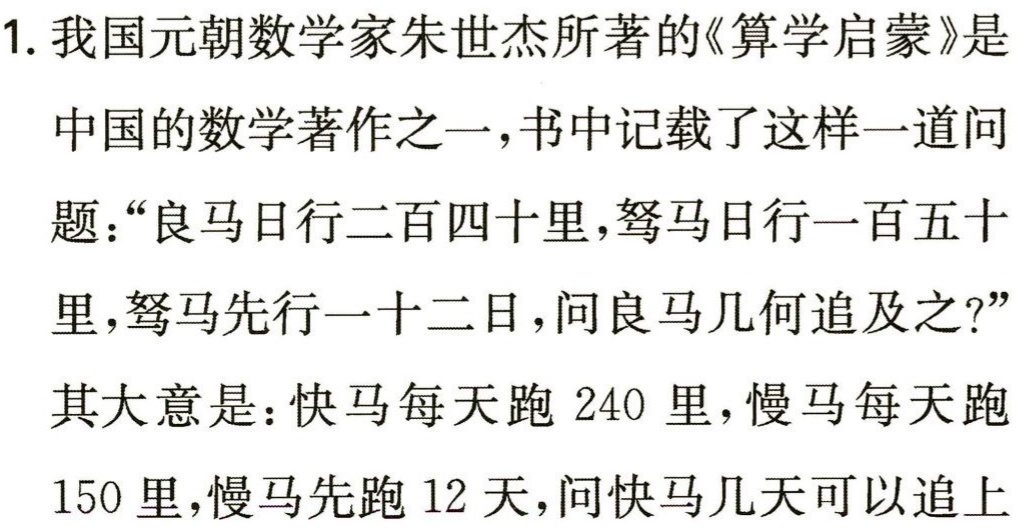
1. 我国元朝数学家朱世杰所著的《算学启蒙》是
中国的数学著作之一，书中记载了这样一道问
题：“良马日行二百四十里，驽马日行一百五十
里，驽马先行一十二日，问良马几何追及之?”
其大意是：快马每天跑 240 里，慢马每天跑
150 里，慢马先跑 12 天，问快马几天可以追上